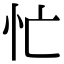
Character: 忙